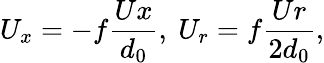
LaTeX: U_{x}=-f\frac{Ux}{d_{0}},~U_{r}=f\frac{Ur}{2d_{0}},